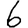
Digit: 6